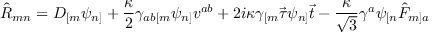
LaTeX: \hat { \cal R } _ { m n } = { \cal D } _ { [ m } \psi _ { n ] } + \frac { \kappa } { 2 } \gamma _ { a b [ m } \psi _ { n ] } v ^ { a b } + 2 i \kappa \gamma _ { [ m } \vec { \tau } \psi _ { n ] } \vec { t } - \frac { \kappa } { \sqrt { 3 } } \gamma ^ { a } \psi _ { [ n } \hat { F } _ { m ] a }